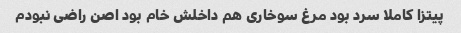
پیتزا کاملا سرد بود مرغ سوخاری هم داخلش خام بود اصن راضی نبودم